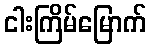
ငါးကြိမ်မြောက်